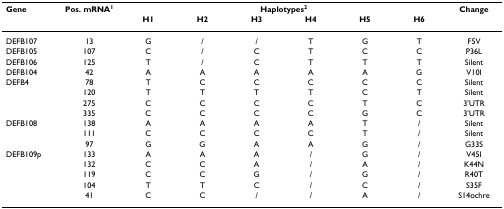
| Gene | Pos. mRNA1 | <COLSPAN=6> Haplotypes2 | Change |
 |  |  | H1 | H2 | H3 | H4 | H5 | H6 |  |
 | --- | --- | --- | --- | --- | --- | --- | --- | --- |
 | DEFB107 | 13 | G | / | / | T | G | T | F5V |
 | DEFB105 | 107 | C | / | C | T | C | C | P36L |
 | DEFB106 | 125 | T | / | C | T | T | T | Silent |
 | DEFB104 | 42 | A | A | A | A | A | G | V10I |
 | DEFB4 | 78 | T | C | C | C | C | C | Silent |
 |  | 120 | T | T | T | T | C | T | Silent |
 |  | 275 | C | C | C | C | T | C | 3'UTR |
 |  | 335 | C | C | C | C | G | C | 3'UTR |
 | DEFB108 | 138 | A | A | A | A | T | / | Silent |
 |  | 111 | C | C | C | C | T | / | Silent |
 |  | 97 | G | G | A | A | G | / | G33S |
 | DEFB109p | 133 | A | A | A | / | G | / | V45I |
 |  | 132 | C | C | A | / | A | / | K44N |
 |  | 119 | C | C | G | / | G | / | R40T |
 |  | 104 | T | T | C | / | C | / | S35F |
 |  | 41 | C | C | / | / | A | / | S14ochre |